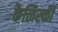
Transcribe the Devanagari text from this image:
कैलिस्की